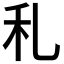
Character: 𥝏